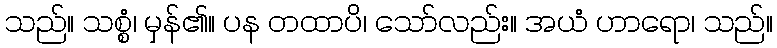
သည်။ သစ္စံ၊ မှန်၏။ ပန တထာပိ၊ သော်လည်း။ အယံ ဟာရော၊ သည်။